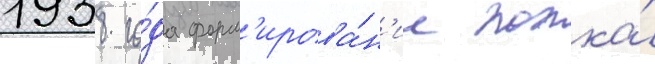
1938 го́да форм'ирова́н'ие полка́